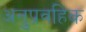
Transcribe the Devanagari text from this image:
अनुप्रवहिक